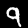
Label: 9